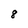
Character: 8